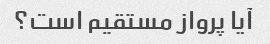
آیا پرواز مستقیم است؟